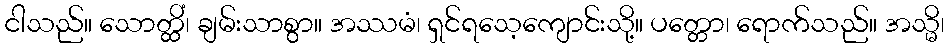
ငါသည်။ သောတ္ထိံ၊ ချမ်းသာစွာ။ အဿမံ၊ ရှင်ရသေ့ကျောင်းသို့။ ပတ္တော၊ ရောက်သည်။ အသ္မိ၊